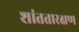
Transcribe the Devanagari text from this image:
शांततारक्षण